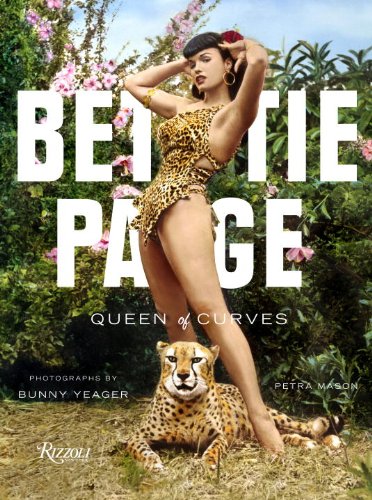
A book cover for Bettie Page: Queen of Curves; Petra Mason; Humor & Entertainment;